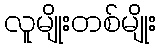
လူမျိုးတစ်မျိုး